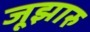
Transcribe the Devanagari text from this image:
जूझारु